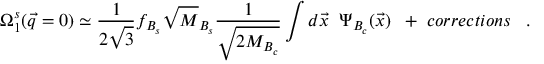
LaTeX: \Omega _ { 1 } ^ { s } ( \vec { q } = 0 ) \simeq { \frac { 1 } { 2 \sqrt 3 } } f _ { B _ { s } } \sqrt M _ { B _ { s } } { \frac { 1 } { \sqrt { 2 M _ { B _ { c } } } } } \int d \vec { x } \; \; \Psi _ { B _ { c } } ( \vec { x } ) \; \; + \; c o r r e c t i o n s \; \; \; .